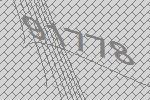
91778